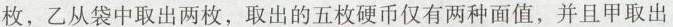
枚，乙从袋中取出两枚，取出的五枚硬币仅有两种面值，并且甲取出